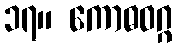
၁၇။ ကောဓဝဂ္ဂ